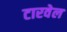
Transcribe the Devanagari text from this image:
टारवेल